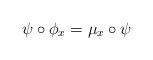
LaTeX: \begin{align*}\psi\circ\phi_x=\mu_x\circ \psi\end{align*}